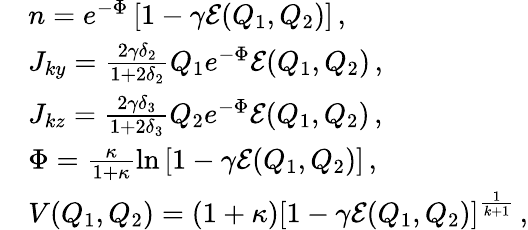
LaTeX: \begin{array}{rl}&{n=e^{-\Phi}\left[1-\gamma{\mathcal{E}}(Q_{1},Q_{2})\right]\, ,}\\ &{J_{ky}=\frac{2\gamma\delta_{2}}{1+2\delta_{2}}Q_{1}e^{-\Phi}{\mathcal{E}}(Q_{1},Q_{2})\, ,}\\ &{J_{kz}=\frac{2\gamma\delta_{3}}{1+2\delta_{3}}Q_{2}e^{-\Phi}{\mathcal{E}}(Q_{1},Q_{2})\, ,}\\ &{\Phi=\frac{\kappa}{1+\kappa}\ln\left[1-\gamma{\mathcal{E}}(Q_{1},Q_{2})\right]\, ,}\\ &{V(Q_{1},Q_{2})=(1+\kappa)\left[1-\gamma{\mathcal{E}}(Q_{1},Q_{2})\right]^{\frac{1}{k+1}}\, ,}\end{array}